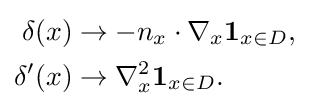
{\begin{aligned}\delta (x)&\to -n_{x}\cdot \nabla _{x}\mathbf {1} _{x\in D},\\\delta '(x)&\to \nabla _{x}^{2}\mathbf {1} _{x\in D}.\end{aligned}}